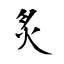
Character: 炙